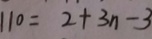
1 1 0 = 2 + 3 n - 3